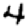
Digit: 4